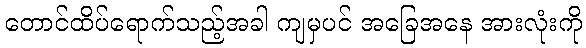
တောင်ထိပ်ရောက်သည့်အခါ ကျမှပင် အခြေအနေ အားလုံးကို